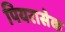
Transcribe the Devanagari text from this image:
पियरासेक